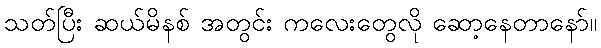
သတ်ပြီး ဆယ်မိနစ် အတွင်း ကလေးတွေလို ဆော့နေတာနော်။